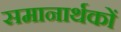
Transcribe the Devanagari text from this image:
समानार्थकों